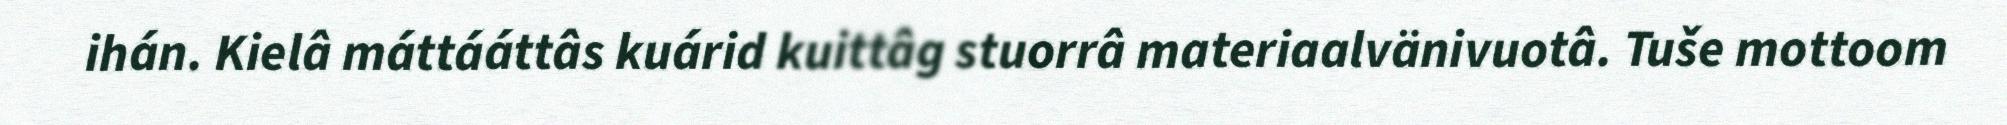
ihán. Kielâ máttááttâs kuárid kuittâg stuorrâ materiaalvänivuotâ. Tuše mottoom